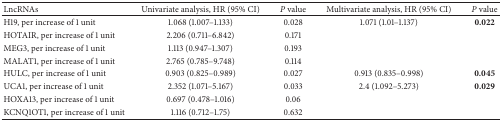
<table><thead><tr><td><b>LncRNAs</b></td><td><b>Univariate analysis, HR (95% CI)</b></td><td><b><i>P</i> value</b></td><td><b>Multivariate analysis, HR (95% CI)</b></td><td><b><i>P</i> value</b></td></tr></thead><tbody><tr><td>H19, per increase of 1 unit</td><td>1.068 (1.007–1.133)</td><td>0.028</td><td>1.071 (1.01–1.137)</td><td><b>0.022</b></td></tr><tr><td>HOTAIR, per increase of 1 unit</td><td>2.206 (0.711–6.842)</td><td>0.171</td><td>[EMPTY_CELL]</td><td>[EMPTY_CELL]</td></tr><tr><td>MEG3, per increase of 1 unit</td><td>1.113 (0.947–1.307)</td><td>0.193</td><td>[EMPTY_CELL]</td><td>[EMPTY_CELL]</td></tr><tr><td>MALAT1, per increase of 1 unit</td><td>2.765 (0.785–9.748)</td><td>0.114</td><td>[EMPTY_CELL]</td><td>[EMPTY_CELL]</td></tr><tr><td>HULC, per increase of 1 unit</td><td>0.903 (0.825–0.989)</td><td>0.027</td><td>0.913 (0.835–0.998)</td><td><b>0.045</b></td></tr><tr><td>UCA1, per increase of 1 unit</td><td>2.352 (1.071–5.167)</td><td>0.033</td><td>2.4 (1.092–5.273)</td><td><b>0.029</b></td></tr><tr><td>HOXA13, per increase of 1 unit</td><td>0.697 (0.478–1.016)</td><td>0.06</td><td>[EMPTY_CELL]</td><td>[EMPTY_CELL]</td></tr><tr><td>KCNQ1OT1, per increase of 1 unit</td><td>1.116 (0.712–1.75)</td><td>0.632</td><td>[EMPTY_CELL]</td><td>[EMPTY_CELL]</td></tr></tbody></table>